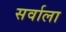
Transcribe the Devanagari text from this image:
सर्वाला